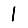
Digit: 1